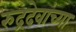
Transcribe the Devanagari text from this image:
रुद्रदेवांच्या